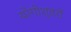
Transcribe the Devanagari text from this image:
योगीश्वरों